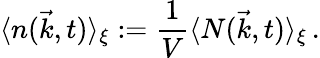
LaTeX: \langle n(\vec{k},t)\rangle_{\xi}:={\frac{1}{V}}\langle N(\vec{k},t)\rangle_{\xi}\, .